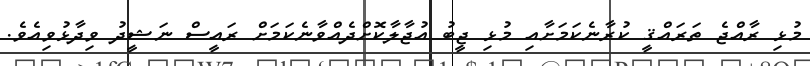
މުޅި ރާއްޖެ ތަރައްޤީ ކުރާނެކަމަށާއި މުޅި ޖީބު އުޖާލާކޮށްދެއްވާނެކަމަށް ރައީސް ނަޝީދު ވިދާޅުވިއެވެ.